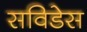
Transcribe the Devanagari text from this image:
सविडेस